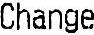
CHANGE